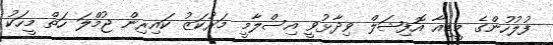
ފުލުހުންގެ މީޑިއާ އޮފިޝަލް ވިދާޅުވީ އިސްލާމީ މަރުކަޒު ކައިރިން ޖުމްލަ ހަތް މީހަކު